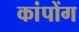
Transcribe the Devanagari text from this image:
कांपोंग